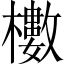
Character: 櫢